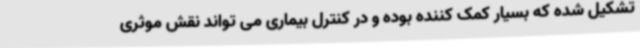
تشکیل شده که بسیار کمک کننده بوده و در کنترل بیماری می تواند نقش موثری